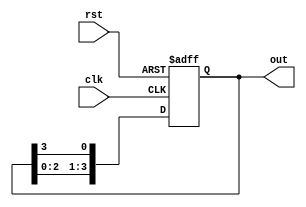
module ring_counter (
    input wire clk,        // Clock input
    input wire rst,        // Asynchronous reset input
    output reg [3:0] out   // 4-bit output representing the state of the counter
);

    // Initial state of the counter
    initial begin
        out = 4'b1000; // Initialize to 1000
    end

    always @(posedge clk or posedge rst) begin
        if (rst) begin
            out <= 4'b1000; // Reset to 1000
        end else begin
            // Shift the bits and wrap around
            out <= {out[2:0], out[3]}; // Shift left and wrap the last bit to the first
        end
    end

endmodule